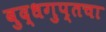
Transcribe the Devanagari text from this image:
बुद्धगुप्तचा